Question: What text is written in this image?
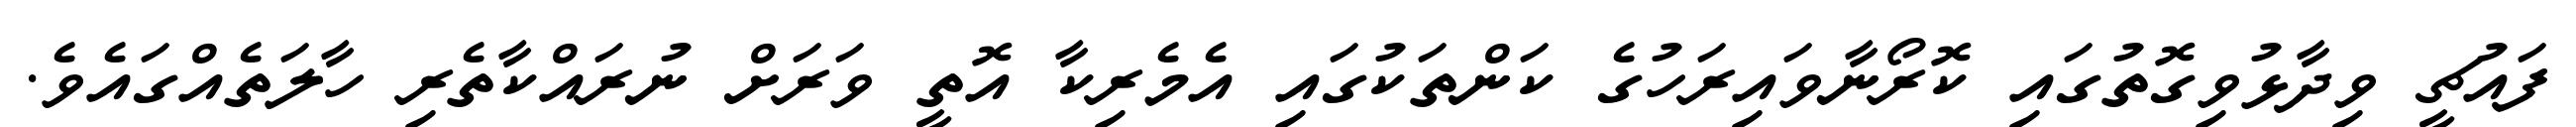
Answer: ފައުޗީ ވިދާޅުވިގޮތުގައި ކޮރޯނާވައިރަހުގެ ކަންތަކުގައި އެމެރިކާ އޮތީ ވަރަށް ނުރައްކާތެރި ހާލަތެއްގައެވެ.